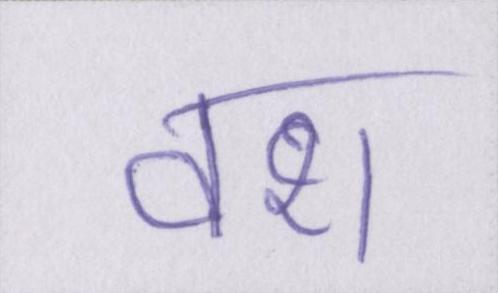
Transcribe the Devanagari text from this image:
वश